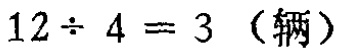
\(12\div 4 = 3 \text{（辆）}\)